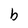
Character: b